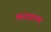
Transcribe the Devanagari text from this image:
मन्दारम